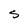
Character: s